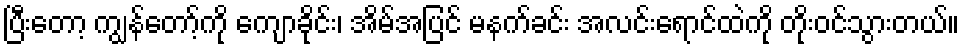
ပြီးတော့ ကျွန်တော့်ကို ကျောခိုင်း၊ အိမ်အပြင် မနက်ခင်း အလင်းရောင်ထဲကို တိုးဝင်သွားတယ်။